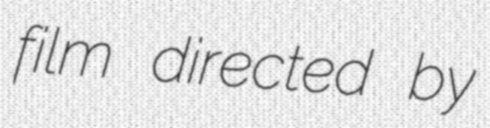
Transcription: film directed by